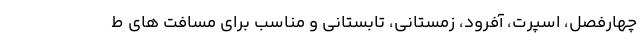
چهارفصل، اسپرت، آفرود، زمستانی، تابستانی و مناسب برای مسافت های ط